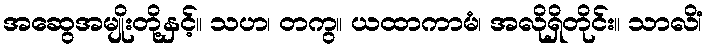
အဆွေအမျိုးတို့နှင့်။ သဟ၊ တကွ။ ယထာကာမံ၊ အလိုရှိတိုင်း။ သာလိံ၊